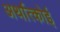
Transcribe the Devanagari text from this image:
अर्थात्कोई